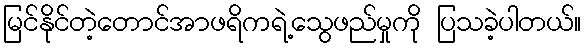
မြင်နိုင်တဲ့တောင်အာဖရိကရဲ့သွေဖည်မှုကို ပြသခဲ့ပါတယ်။